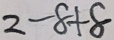
2 - 8 + 8